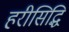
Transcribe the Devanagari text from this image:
हरीसिद्धि